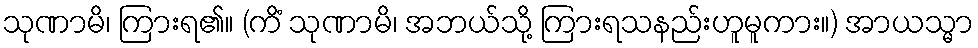
သုဏာမိ၊ ကြားရ၏။ (ကိံ သုဏာမိ၊ အဘယ်သို့ ကြားရသနည်းဟူမူကား။) အာယသ္မာ